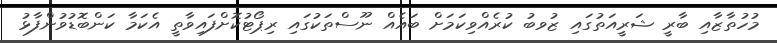
މުހުތާޒާއި ބާރީ ޝަރީއަތުގައި ޒުވބު ކުރެއްވިކަމަށް ބައެއް ނޫސްތަކުގައި ރިޕޯޓުކޮށްފައިވާތީ އެކަމާ ކަންބޮޑުވުންފާޅު